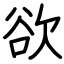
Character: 欲